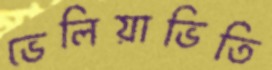
ভেলিয়াভিতি